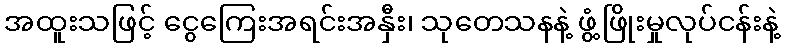
အထူးသဖြင့် ငွေကြေးအရင်းအနှီး၊ သုတေသနနဲ့ ဖွံ့ဖြိုးမှုလုပ်ငန်းနဲ့